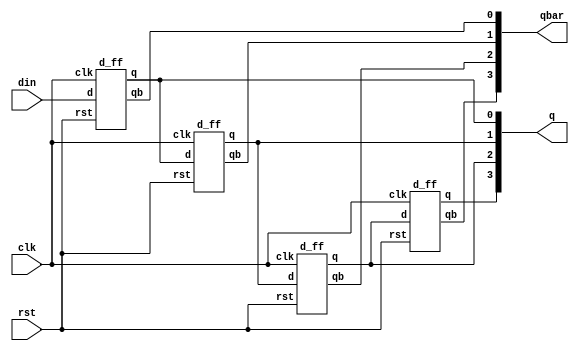
`timescale 1ns / 1ps

module sipo(
    output [3:0] q,
    output [3:0] qbar,
    input din,clk,rst
    );
    d_ff ff1(q[0],qbar[0],din,clk,rst);
    d_ff ff2(q[1],qbar[1],q[0],clk,rst);
    d_ff ff3(q[2],qbar[2],q[1],clk,rst);
    d_ff ff4(q[3],qbar[3],q[2],clk,rst);
    
endmodule

module d_ff(
    output reg q,qb,
    input d,clk,rst
    );

    always @(posedge clk )
        if (rst)
        begin
            q <= 0;
            qb <= 1;
        end
        else
        begin
            q <= d;
            qb <= ~d;
        end

endmodule